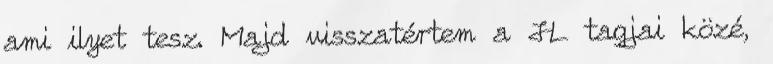
ami ilyet tesz. Majd visszatértem a JL tagjai közé,